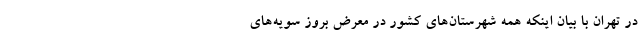
در تهران با بیان اینکه همه شهرستان‌های کشور در معرض بروز سویه‌های